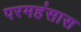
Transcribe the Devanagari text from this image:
परमहंसास